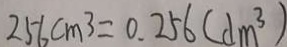
2 5 6 c m ^ { 3 } = 0 . 2 5 6 ( d m ^ { 3 } )